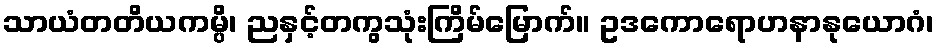
သာယံတတိယကမ္ပိ၊ ညနှင့်တကွသုံးကြိမ်မြောက်။ ဥဒကောရောဟနာနုယောဂံ၊